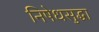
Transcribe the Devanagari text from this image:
निषेधसुद्धा